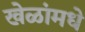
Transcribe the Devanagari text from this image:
खेळांमधे